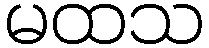
မထသ